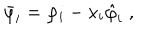
\bar { \varphi } _ { i } = \varphi _ { i } - x _ { i } \hat { \varphi } _ { i } \; ,